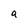
Character: a